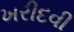
ખરીદવી